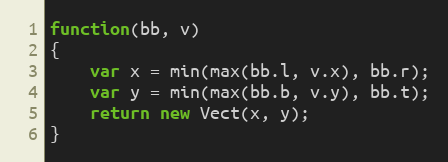
Language: JavaScript
function(bb, v)
{
    var x = min(max(bb.l, v.x), bb.r);
    var y = min(max(bb.b, v.y), bb.t);
    return new Vect(x, y);
}